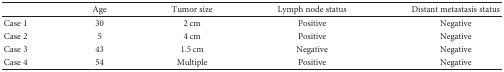
<table><thead><tr><td>[EMPTY_CELL]</td><td><b>Age</b></td><td><b>Tumor size</b></td><td><b>Lymph node status</b></td><td><b>Distant metastasis status</b></td></tr></thead><tbody><tr><td>Case 1</td><td>30</td><td>2 cm</td><td>Positive</td><td>Negative</td></tr><tr><td>Case 2</td><td>5</td><td>4 cm</td><td>Positive</td><td>Negative</td></tr><tr><td>Case 3</td><td>43</td><td>1.5 cm</td><td>Negative</td><td>Negative</td></tr><tr><td>Case 4</td><td>54</td><td>Multiple</td><td>Positive</td><td>Negative</td></tr></tbody></table>